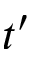
t ^ { \prime }